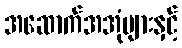
အဆောက်အအုံများနှင့်